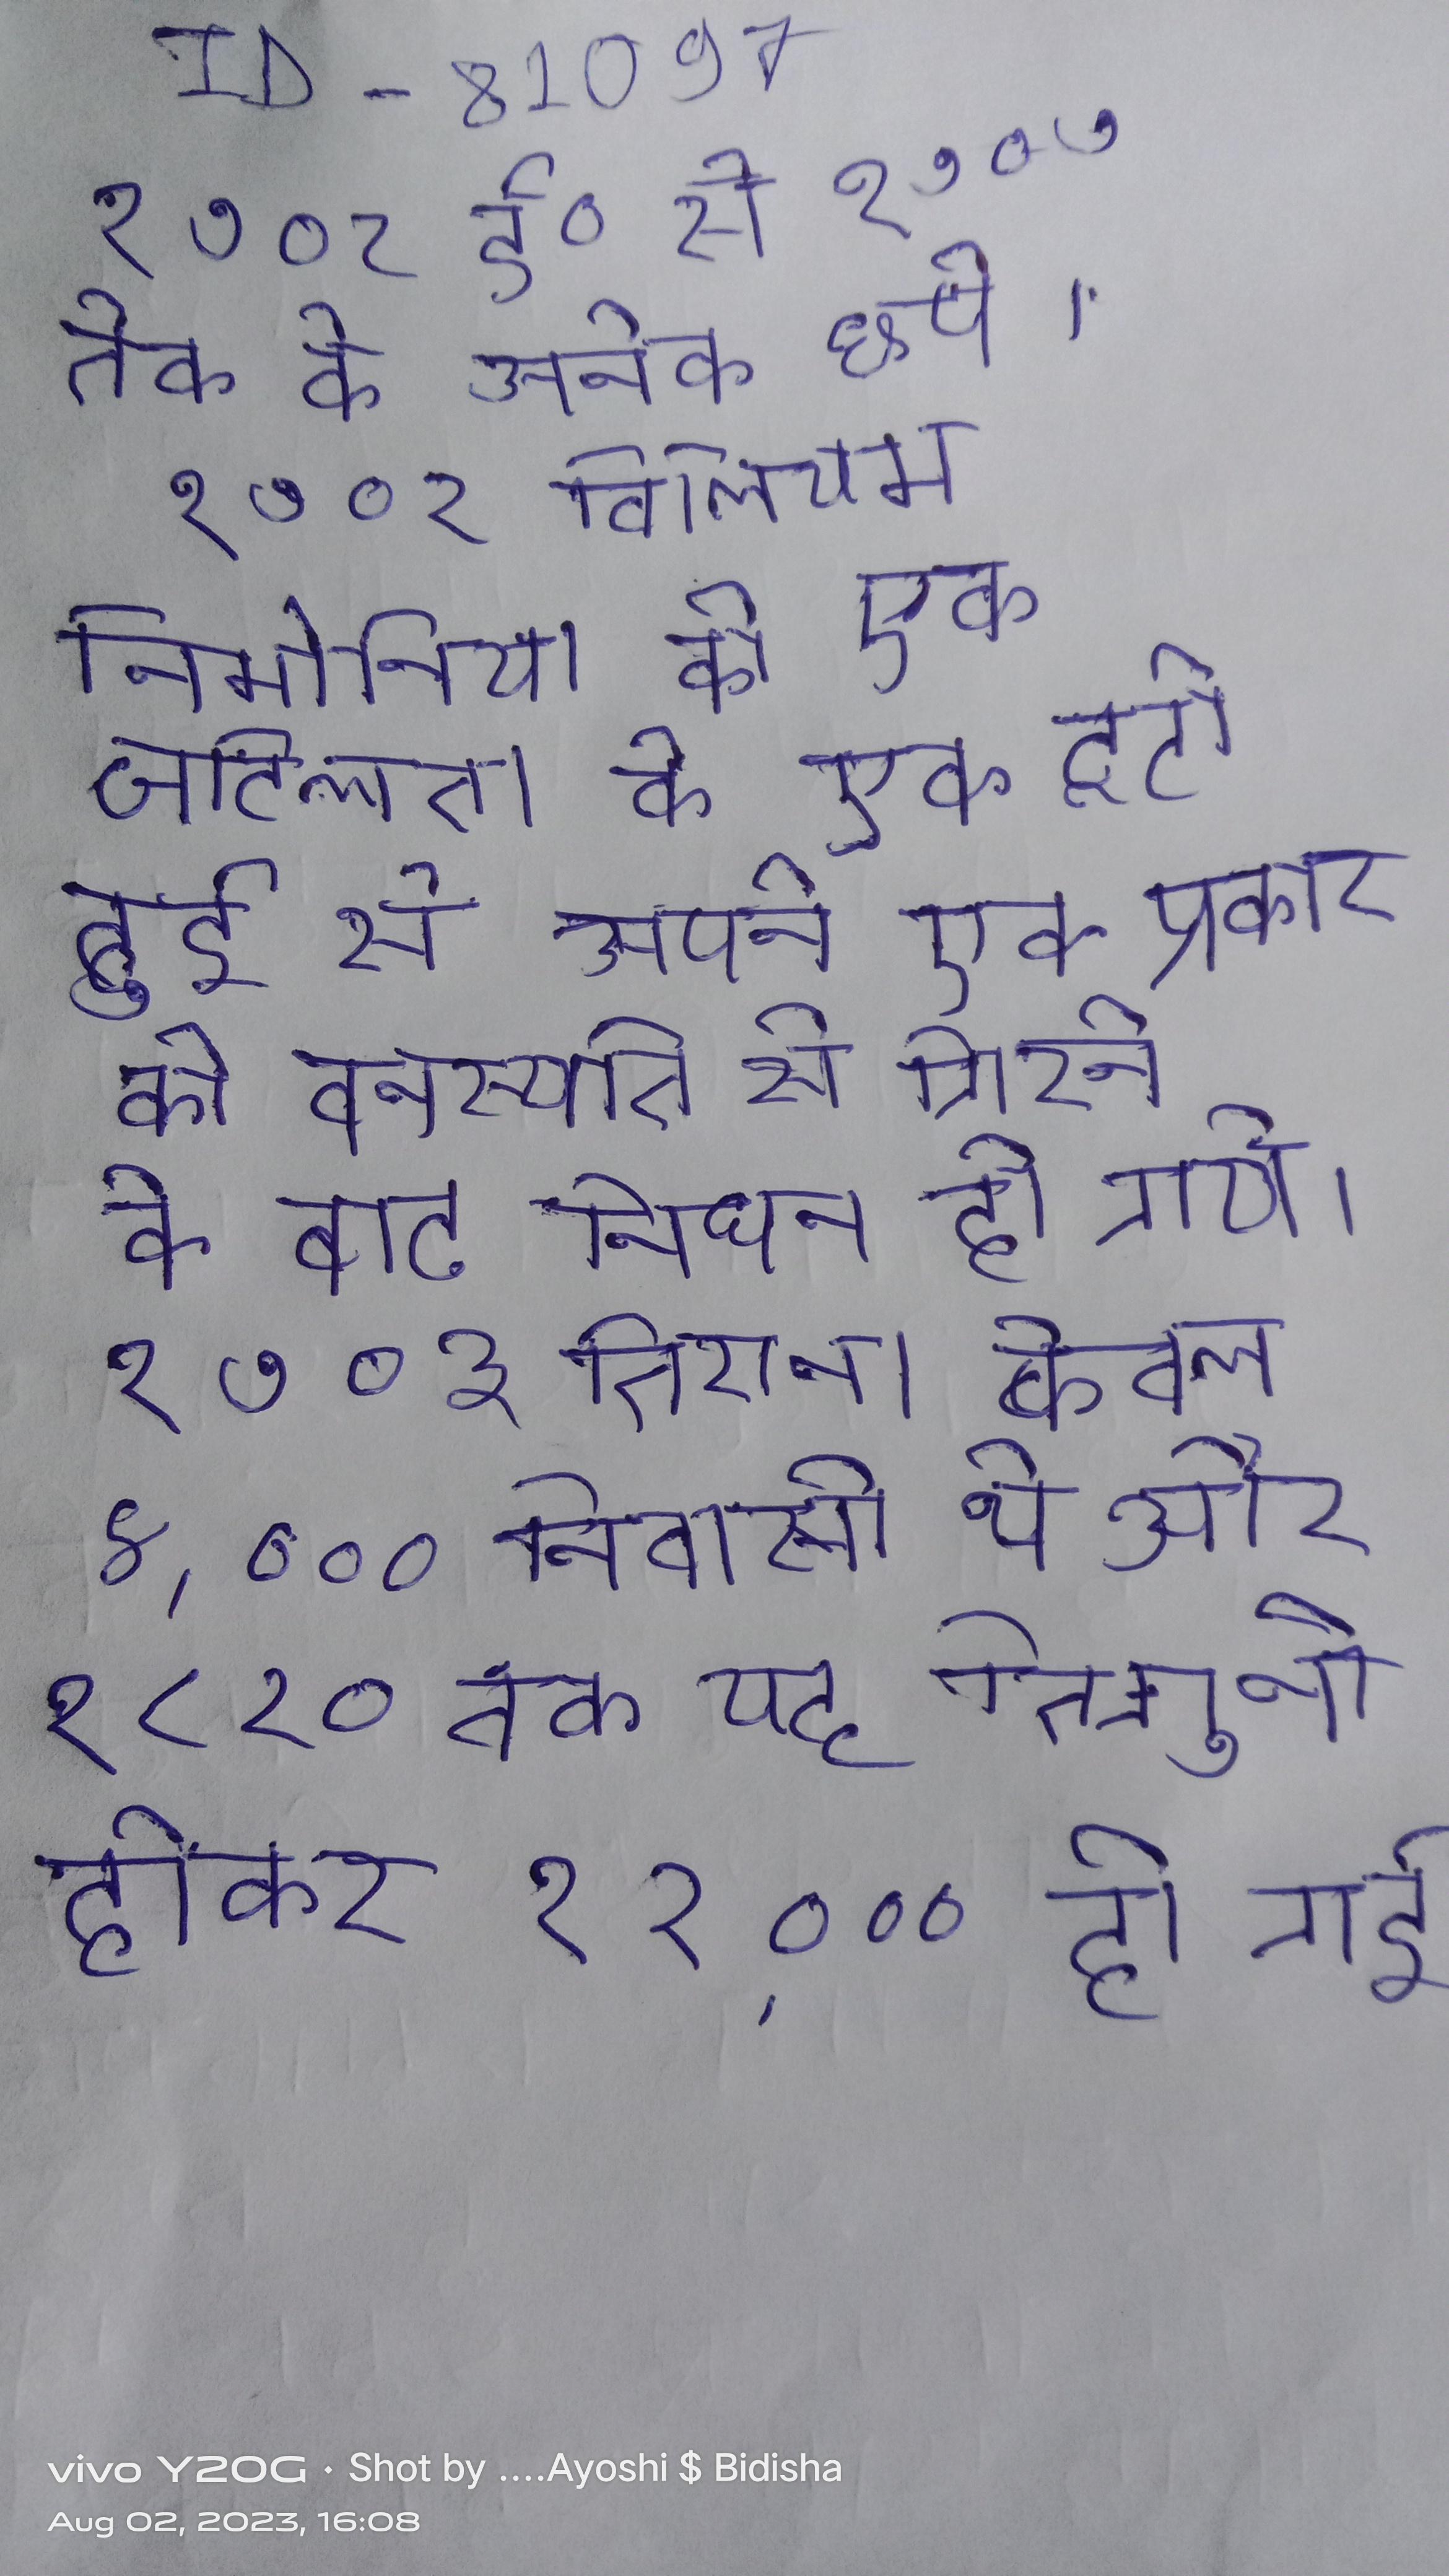
१७०२ ई० से १७०७ तेक के अनेक छपे । १७०२ विलियम निमोनिया की एक जटिलता के एक टूटी हुई से अपने एक प्रकार की वनस्पति से गिरने के बाद निधन हो गये । १७०३ तिराना केवल ४,००० निवासी थे और १८२० तक यह तिगुनी होकर १२,००० हो गई ।